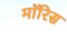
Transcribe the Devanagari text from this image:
माॅरिस